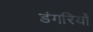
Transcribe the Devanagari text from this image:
डंगरियों